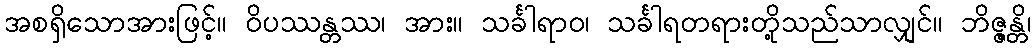
အစရှိသောအားဖြင့်။ ဝိပဿန္တဿ၊ အား။ သင်္ခါရာဝ၊ သင်္ခါရတရားတို့သည်သာလျှင်။ ဘိဇ္ဇန္တိ၊